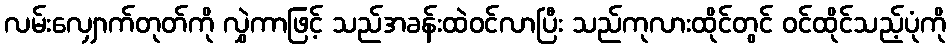
လမ်းလျှောက်တုတ်ကို လွှဲကာဖြင့် သည်အခန်းထဲဝင်လာပြီး သည်ကုလားထိုင်တွင် ဝင်ထိုင်သည့်ပုံကို